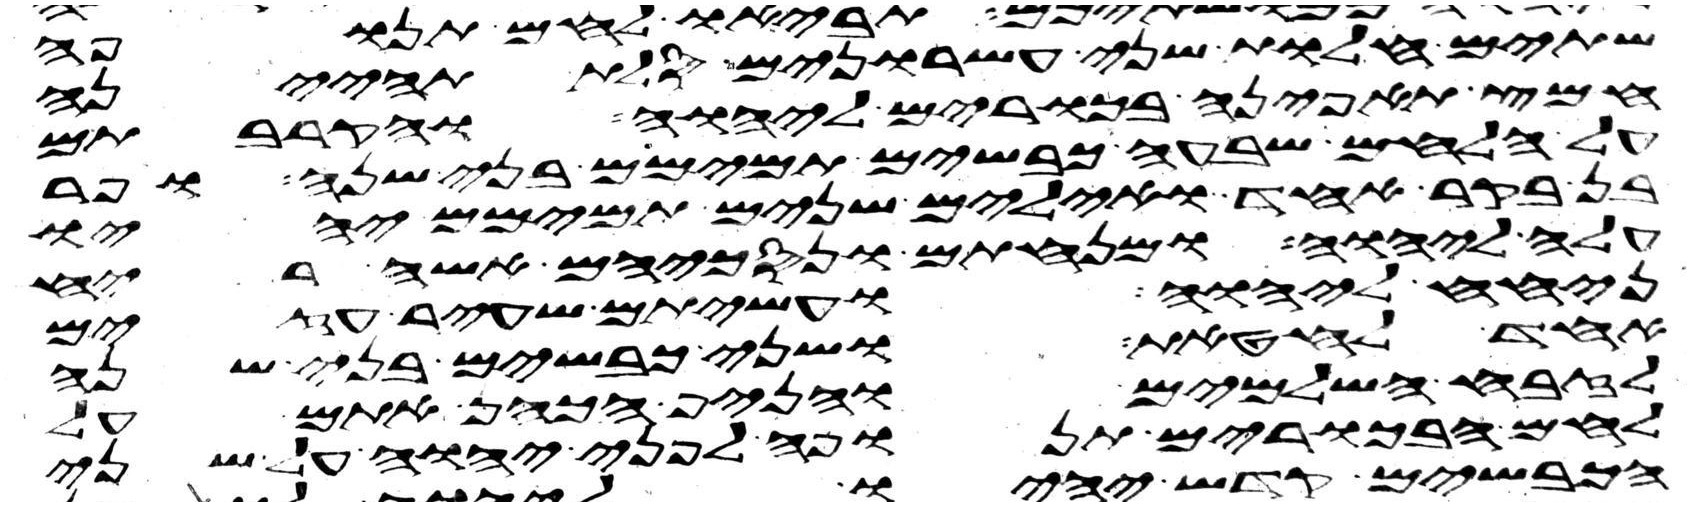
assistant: שתים חלות שני עשרנים סלת תהינה
חמץ תאפינה בכורים ליהוה והקרבתם
על הלחם שבעה כבשים תמימם בני שנה ופר
בן בקר אחד ואילים שנים תמימם יהיו
עלה ליהוה ומנחתם ונסכיהם אשה ריח
ניחח ליהוה ועשיתם שעיר עזים
אחד לחטאת ושני כבשים בני שנה
לזבח השלמים והניף הכהן אתם על
לחם הבכורים תנופה לפני יהוה על שני